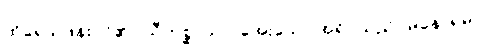
ထိုရေသဖန်းပင်၏။ သီတစ္ဆာယာ၊ အေးသော အရိပ်သည်။ မနောရမာ၊